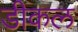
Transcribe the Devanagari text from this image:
डीकल